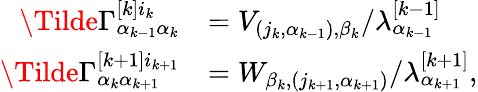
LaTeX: \begin{array}{rl}{\Tilde{\Gamma}_{\alpha_{k-1}\alpha_{k}}^{[k]i_{k}}}&{=V_{(j_{k},\alpha_{k-1}),\beta_{k}}/\lambda_{\alpha_{k-1}}^{[k-1]}}\\ {\Tilde{\Gamma}_{\alpha_{k}\alpha_{k+1}}^{[k+1]i_{k+1}}}&{=W_{\beta_{k},(j_{k+1},\alpha_{k+1})}/\lambda_{\alpha_{k+1}}^{[k+1]},}\end{array}